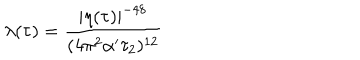
LaTeX: \lambda ( \tau ) = { \frac { | \eta ( \tau ) | ^ { - 4 8 } } { ( 4 \pi ^ { 2 } \alpha ^ { \prime } \tau _ { 2 } ) ^ { 1 2 } } }